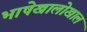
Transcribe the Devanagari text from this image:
भाषेखालोखाल